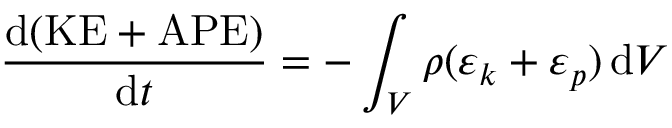
\frac { \mathrm { d } ( \mathrm { K E + A P E } ) } { \mathrm { d } t } = - \int _ { V } \rho ( \varepsilon _ { k } + \varepsilon _ { p } ) \, \mathrm { d } V